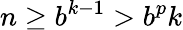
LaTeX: n\geq b^{k-1}>b^{p}k